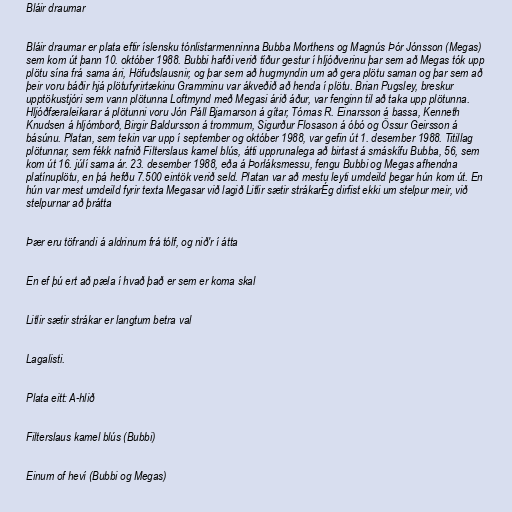
Bláir draumar

Bláir draumar er plata eftir íslensku tónlistarmenninna Bubba Morthens og Magnús Þór Jónsson (Megas)
sem kom út þann 10. október 1988. Bubbi hafði verið tíður gestur í hljóðverinu þar sem að Megas tók upp
plötu sína frá sama ári, Höfuðslausnir, og þar sem að hugmyndin um að gera plötu saman og þar sem að
þeir voru báðir hjá plötufyrirtækinu Gramminu var ákveðið að henda í plötu. Brian Pugsley, breskur
upptökustjóri sem vann plötunna Loftmynd með Megasi árið áður, var fenginn til að taka upp plötunna.
Hljóðfæraleikarar á plötunni voru Jón Páll Bjarnarson á gítar, Tómas R. Einarsson á bassa, Kenneth
Knudsen á hljómborð, Birgir Baldursson á trommum, Sigurður Flosason á óbó og Össur Geirsson á
básúnu. Platan, sem tekin var upp í september og október 1988, var gefin út 1. desember 1988. Titillag
plötunnar, sem fékk nafnið Filterslaus kamel blús, átti upprunalega að birtast á smáskífu Bubba, 56, sem
kom út 16. júlí sama ár. 23. desember 1988, eða á Þorláksmessu, fengu Bubbi og Megas afhendna
platínuplötu, en þá hefðu 7.500 eintök verið seld. Platan var að mestu leyti umdeild þegar hún kom út. En
hún var mest umdeild fyrir texta Megasar við lagið Litlir sætir strákarÉg dirfist ekki um stelpur meir, við
stelpurnar að þrátta

Þær eru töfrandi á aldrinum frá tólf, og nið'r í átta

En ef þú ert að pæla í hvað það er sem er koma skal

Litlir sætir strákar er langtum betra val

Lagalisti.

Plata eitt: A-hlið

Filterslaus kamel blús (Bubbi)

Einum of heví (Bubbi og Megas)